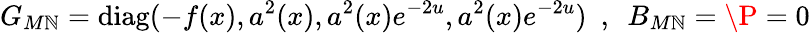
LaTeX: G_{M\mathbb{N}}=\mathrm{{diag}}(-f(x),a^{2}(x),a^{2}(x)e^{-2u},a^{2}(x)e^{-2u})\, \, \, ,\, \, \, B_{M\mathbb{N}}=\P=0